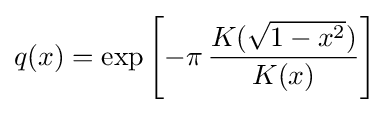
q(x)=\exp \left[-\pi \,{\frac {K({\sqrt {1-x^{2}}})}{K(x)}}\right]